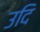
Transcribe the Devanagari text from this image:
उदि